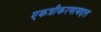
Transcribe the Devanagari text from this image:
एकत्रीकरणाबद्दल